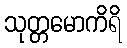
သုတ္တမောကိရိ